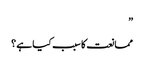
”
ممانعت کا سبب کیا ہے ؟